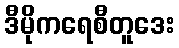
ဒီမိုကရေစီတူဒေး